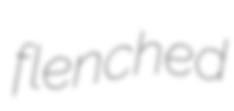
flenched